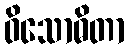
ဝိသောဓိတာ